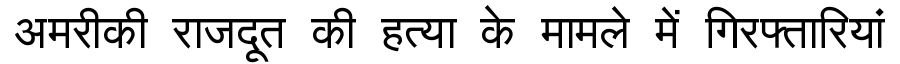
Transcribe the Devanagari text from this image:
अमरीकी राजदूत की हत्या के मामले में गिरफ्तारियां